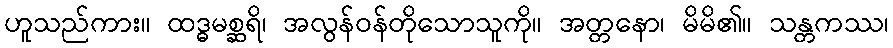
ဟူသည်ကား။ ထဒ္ဓမစ္ဆရိ၊ အလွန်ဝန်တိုသောသူကို။ အတ္တနော၊ မိမိ၏။ သန္တကဿ၊